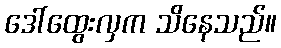
ဒေါ်ထွေးလှက သိနေသည်။